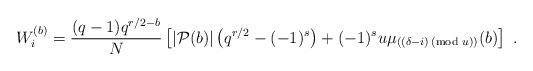
LaTeX: \begin{align*}W_i^{(b)} = \frac{(q-1)q^{r/2-b}}{N}\left[|{\cal P}(b)|\left(q^{r/2}-(-1)^s\right)+(-1)^s u\mu_{((\delta-i)\!\!\!\!\!\pmod{u})}(b)\right] \ .\end{align*}